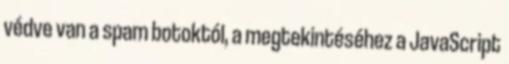
védve van a spam botoktól, a megtekintéséhez a JavaScript